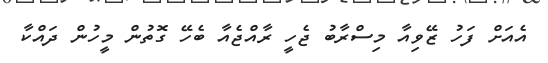
އެއަށް ފަހު ޒޭވިއާ މިސްރާބު ޖެހީ ރާއްޖެއާ ބެހޭ ގޮތުން މީހުން ދައްކާ